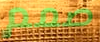
صمم